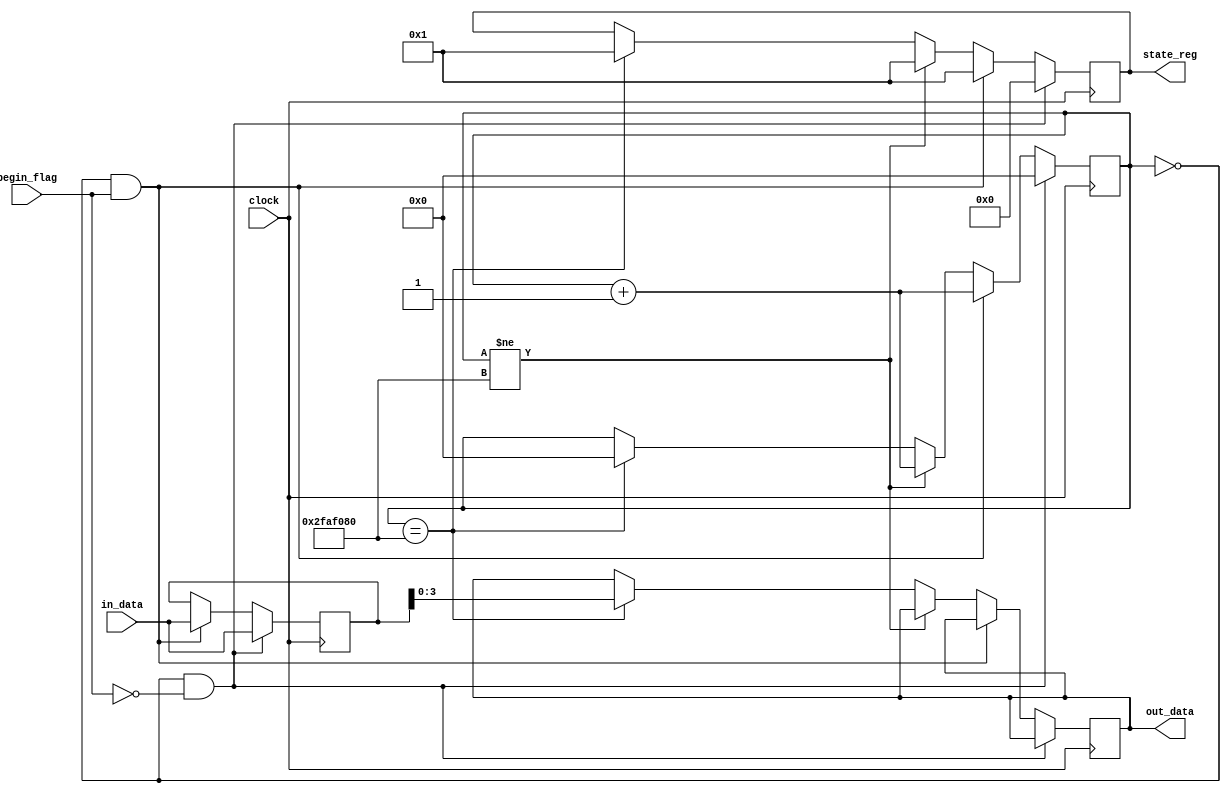
module LED4(input [7:0] in_data,
            input begin_flag,
            output reg [7:0] state_reg,
            output reg [3:0] out_data,
            input clock);
    
    reg [27:0] delay_cnt = 28'h0000000;
    reg [7:0] buffer;

    always @(posedge clock) begin
        if(delay_cnt == 28'h0000000 && begin_flag == 1'b0) begin
            delay_cnt <= 28'h0000000;
            state_reg <= 8'b00000000;
            buffer <= in_data;
        end else if(delay_cnt == 28'h0000000 && begin_flag == 1'b1) begin
            delay_cnt <= delay_cnt + 28'h0000001;
            state_reg <= 8'b00000001;
            buffer <= in_data;
        end else if(delay_cnt != 28'h2faf080) begin
            delay_cnt <= delay_cnt + 28'h0000001;
            state_reg <= 8'b00000001;
            buffer <= buffer;
        end else if(delay_cnt == 28'h2faf080) begin
            delay_cnt <= 28'h0000000;
            state_reg <= 8'b00000001;
            out_data <= buffer[3:0];
        end
    end
endmodule